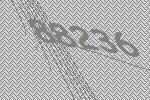
88236